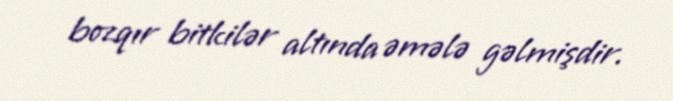
bozqır bitkilər altında əmələ gəlmişdir.